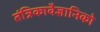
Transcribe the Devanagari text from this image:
तंत्रिकावैज्ञानिको